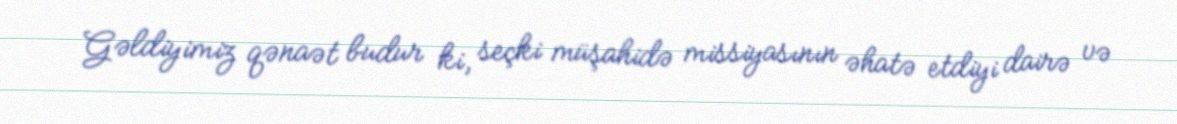
Gəldiyimiz qənaət budur ki, seçki müşahidə missiyasının əhatə etdiyi dairə və